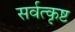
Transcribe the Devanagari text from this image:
सर्वत्कृष्ट